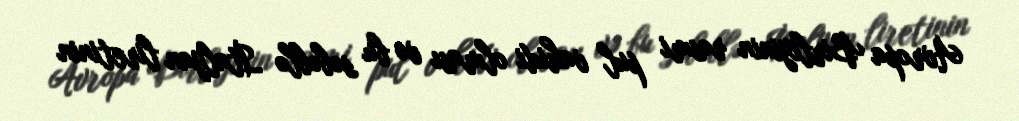
Avropa Birliyinin rəsmi pul vahidi olması və bu səbəblə İtalyan liretinin